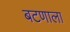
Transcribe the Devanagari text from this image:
बटणाला